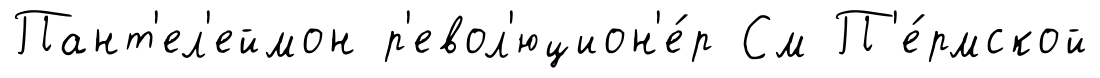
Пант'ел'еймон р'евол'юцион'е́р См П'е́рмской